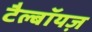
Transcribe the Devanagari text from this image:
टैल्बॉयज़